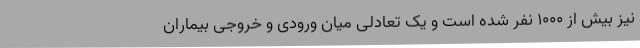
نیز بیش از ۱۰۰۰ نفر شده است و یک تعادلی میان ورودی و خروجی بیماران